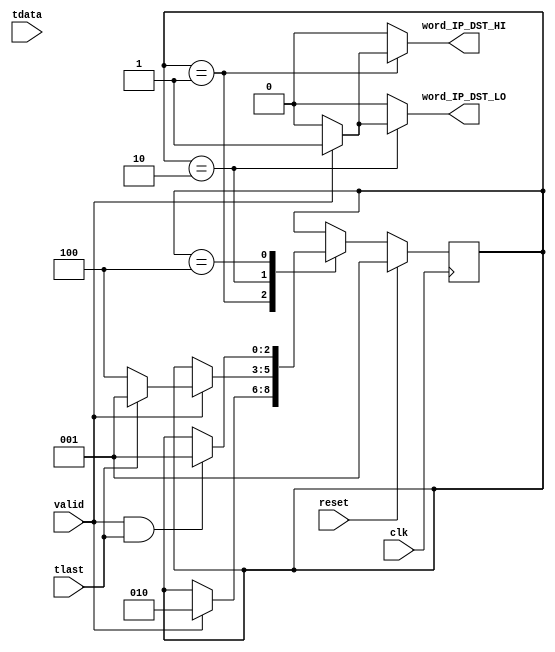
/*******************************************************************************
*
* Copyright (C) 2010, 2011 The Board of Trustees of The Leland Stanford
*                          Junior University
* Copyright (C) grg, Gianni Antichi
* All rights reserved.
*
* This software was developed by
* Stanford University and the University of Cambridge Computer Laboratory
* under National Science Foundation under Grant No. CNS-0855268,
* the University of Cambridge Computer Laboratory under EPSRC INTERNET Project EP/H040536/1 and
* by the University of Cambridge Computer Laboratory under DARPA/AFRL contract FA8750-11-C-0249 ("MRC2"), 
* as part of the DARPA MRC research programme.
*
* @NETFPGA_LICENSE_HEADER_START@
*
* Licensed to NetFPGA C.I.C. (NetFPGA) under one or more contributor
* license agreements. See the NOTICE file distributed with this work for
* additional information regarding copyright ownership. NetFPGA licenses this
* file to you under the NetFPGA Hardware-Software License, Version 1.0 (the
* "License"); you may not use this file except in compliance with the
* License. You may obtain a copy of the License at:
*
* http://www.netfpga-cic.org
*
* Unless required by applicable law or agreed to in writing, Work distributed
* under the License is distributed on an "AS IS" BASIS, WITHOUT WARRANTIES OR
* CONDITIONS OF ANY KIND, either express or implied. See the License for the
* specific language governing permissions and limitations under the License.
*
* @NETFPGA_LICENSE_HEADER_END@
*
*******************************************************************************/


  module preprocess_control
    #(parameter C_S_AXIS_DATA_WIDTH=256
      )
   (// --- Interface to the previous stage
    
    input [C_S_AXIS_DATA_WIDTH-1:0]    tdata,
    input			       valid,
    input			       tlast,

    // --- Interface to other preprocess blocks
    output reg                         word_IP_DST_HI,
    output reg                         word_IP_DST_LO,

    // --- Misc

    input                              reset,
    input                              clk
   );

   function integer log2;
      input integer number;
      begin
         log2=0;
         while(2**log2<number) begin
            log2=log2+1;
         end
      end
   endfunction // log2

   //------------------ Internal Parameter ---------------------------

   localparam WORD_1           = 1;
   localparam WORD_2           = 2;
   localparam WAIT_EOP         = 4;

   //---------------------- Wires/Regs -------------------------------
   reg [2:0]                            state, state_next;

   //------------------------ Logic ----------------------------------

   always @(*) begin
      state_next = state;
      word_IP_DST_HI = 0;
      word_IP_DST_LO = 0;

      case(state)
        WORD_1: begin
           if(valid) begin
              word_IP_DST_HI = 1;
              state_next     = WORD_2;
           end
        end

        WORD_2: begin
           if(valid) begin
              word_IP_DST_LO = 1;
	      if(tlast)
		state_next = WORD_1;
	      else
              	state_next = WAIT_EOP;
           end
        end

        WAIT_EOP: begin
           if(valid && tlast) begin
              state_next = WORD_1;
           end
        end
      endcase // case(state)
   end // always @ (*)

   always@(posedge clk) begin
      if(reset) begin
         state <= WORD_1;
      end
      else begin
         state <= state_next;
      end
   end

endmodule // op_lut_hdr_parser